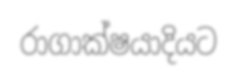
රාගාක්ෂයාදියට